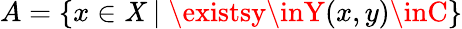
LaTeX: A=\{ x\in\mathit{X}\mid\existsy\inY(x,y)\inC\}